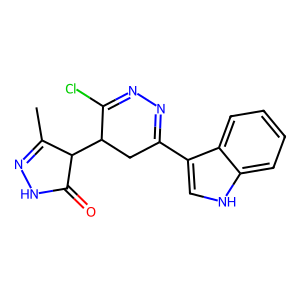
SMILES: CC1=NNC(=O)C1C1CC(c2c[nH]c3ccccc23)=NN=C1Cl
Inhibits HIV replication: No